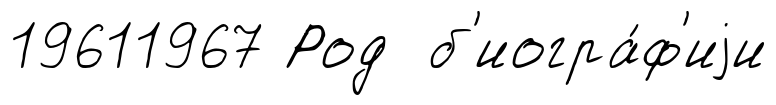
19611967 Род б'иогра́ф'иjи